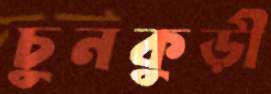
চুনকুড়ী